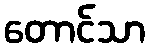
တောင်သာ